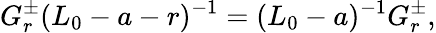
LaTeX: G_{r}^{\pm}(L_{0}-a-r)^{-1}=(L_{0}-a)^{-1}G_{r}^{\pm},